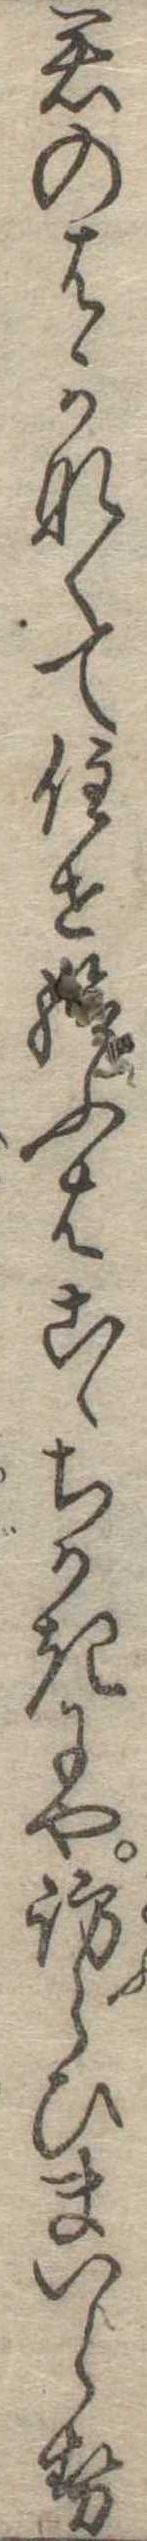
君のはかなくて住せ給ふはこゝちかきにや訪らひまいらせ